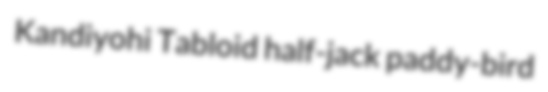
Kandiyohi Tabloid half-jack paddy-bird